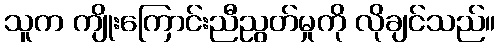
သူက ကျိုးကြောင်းညီညွတ်မှုကို လိုချင်သည်။